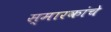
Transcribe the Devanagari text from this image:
स्‍मारकांचे